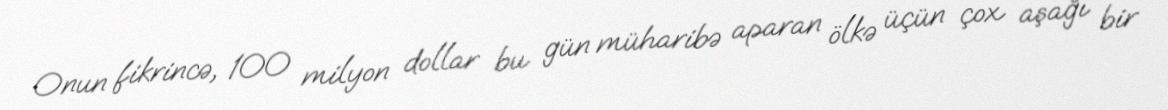
Onun fikrincə, 100 milyon dollar bu gün müharibə aparan ölkə üçün çox aşağı bir